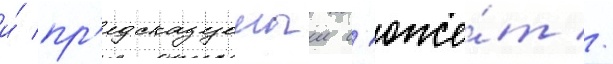
и́ пр'едсказуемыи с'юже́т //